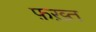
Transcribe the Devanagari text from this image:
फ़ख़्त